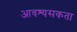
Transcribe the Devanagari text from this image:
आवश्यसकता